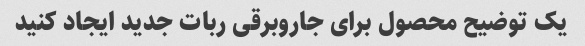
یک توضیح محصول برای جاروبرقی ربات جدید ایجاد کنید